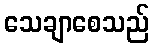
သေချာစေသည်